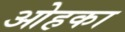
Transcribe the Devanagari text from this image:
ओहका